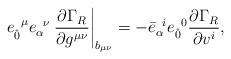
\begin{align*}e_{ \hat{0}}^{\;\;\mu}e_{\alpha}^{\;\; \nu} \left. \frac{\partial \Gamma_{R}}{\partial g^{\mu \nu}} \right|_{b_{\mu\nu}} = - {\bar{e}}_{\alpha}^{\;\; i} {e}_{ \hat{0}} ^{\;\;0} \frac{\partial \Gamma_{R}}{ \partial v^{i}},\end{align*}